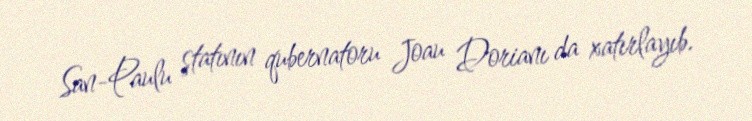
San-Paulu ştatının qubernatoru Joau Dorianı da xatırlayıb.